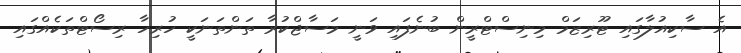
އެ ސާކިއުލާގައި ޓޫރިޒަމް މިނިސްޓްރީން ބުނެފައި ވަނީ މަސާޖްކުރާ ތަންތަނަކީ ހުރިހާ ރިސޯޓްތަކެއްގައި